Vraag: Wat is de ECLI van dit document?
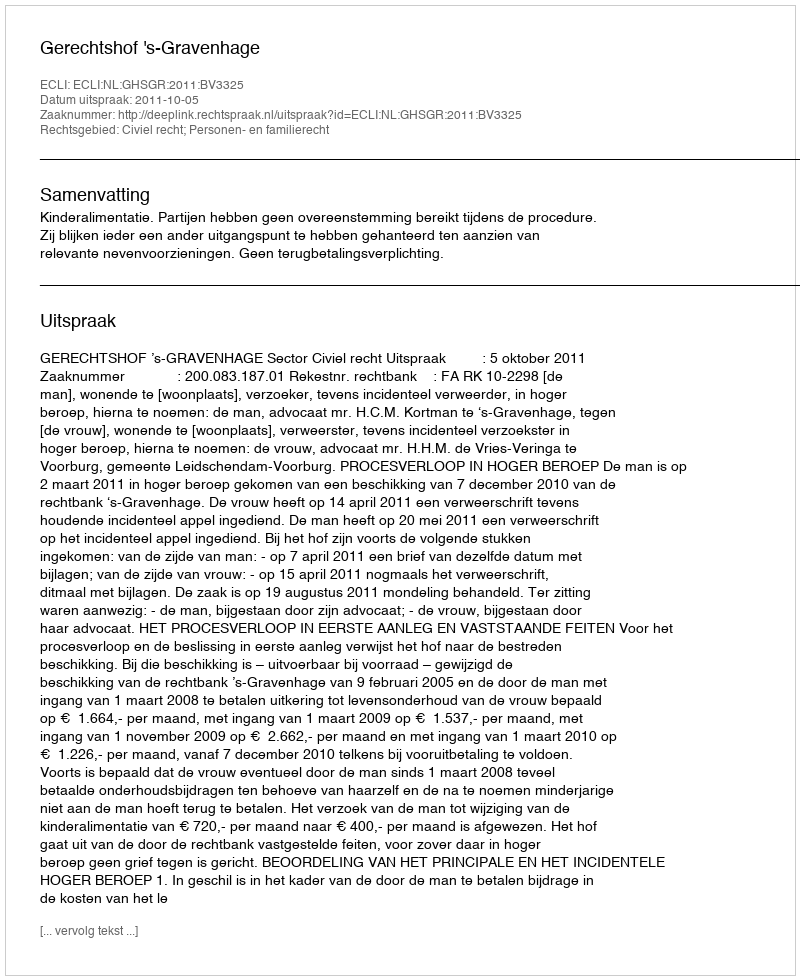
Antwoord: ECLI:NL:GHSGR:2011:BV3325